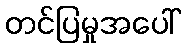
တင်ပြမှုအပေါ်